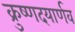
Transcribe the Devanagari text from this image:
क्रुष्णदयार्णव